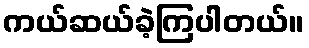
ကယ်ဆယ်ခဲ့ကြပါတယ်။